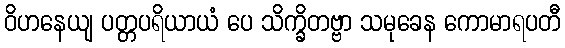
ဝိဟနေယျ ပတ္တပရိယာယံ ပေ သိက္ခိတဗ္ဗာ သမုခေန ကောမာရပတီ